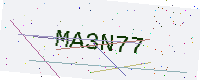
Text: MA3N77